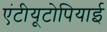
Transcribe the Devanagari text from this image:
एंटीयूटोपियाई